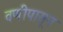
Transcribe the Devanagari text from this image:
वणीपासून